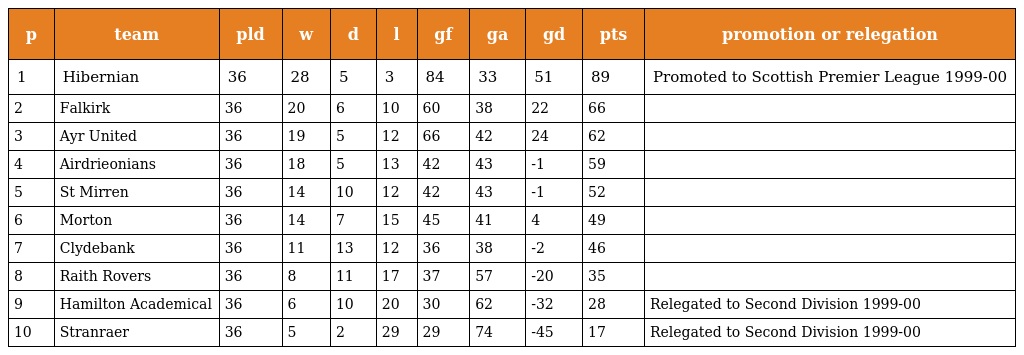
| p | team | pld | w | d | l | gf | ga | gd | pts | promotion or relegation |
 | --- | --- | --- | --- | --- | --- | --- | --- | --- | --- | --- |
 | 1 | Hibernian | 36 | 28 | 5 | 3 | 84 | 33 | 51 | 89 | Promoted to Scottish Premier League 1999-00 |
 | 2 | Falkirk | 36 | 20 | 6 | 10 | 60 | 38 | 22 | 66 |  |
 | 3 | Ayr United | 36 | 19 | 5 | 12 | 66 | 42 | 24 | 62 |  |
 | 4 | Airdrieonians | 36 | 18 | 5 | 13 | 42 | 43 | -1 | 59 |  |
 | 5 | St Mirren | 36 | 14 | 10 | 12 | 42 | 43 | -1 | 52 |  |
 | 6 | Morton | 36 | 14 | 7 | 15 | 45 | 41 | 4 | 49 |  |
 | 7 | Clydebank | 36 | 11 | 13 | 12 | 36 | 38 | -2 | 46 |  |
 | 8 | Raith Rovers | 36 | 8 | 11 | 17 | 37 | 57 | -20 | 35 |  |
 | 9 | Hamilton Academical | 36 | 6 | 10 | 20 | 30 | 62 | -32 | 28 | Relegated to Second Division 1999-00 |
 | 10 | Stranraer | 36 | 5 | 2 | 29 | 29 | 74 | -45 | 17 | Relegated to Second Division 1999-00 |